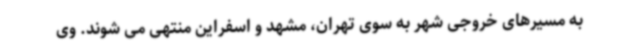
به مسیرهای خروجی شهر به سوی تهران، مشهد و اسفراین منتهی می شوند. وی